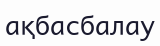
ақбасбалау